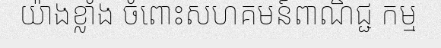
យ៉ាងខ្លាំង ចំពោះសហគមន៍ពាណិជ្ជ កម្ម